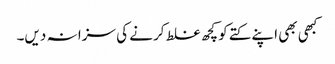
کبھی بھی اپنے کتے کو کچھ غلط کرنے کی سزا نہ دیں۔